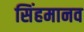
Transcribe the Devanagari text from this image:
सिंहमानव